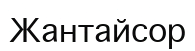
Жантайсор